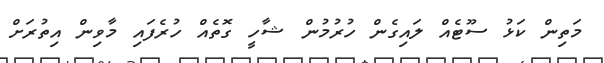
މަތިން ކަޅު ސޫޓެއް ލައިގެން ހުރުމުން ޝާހީ ގޮތެއް ހުރެފައި މާވިން އިތުރަށް